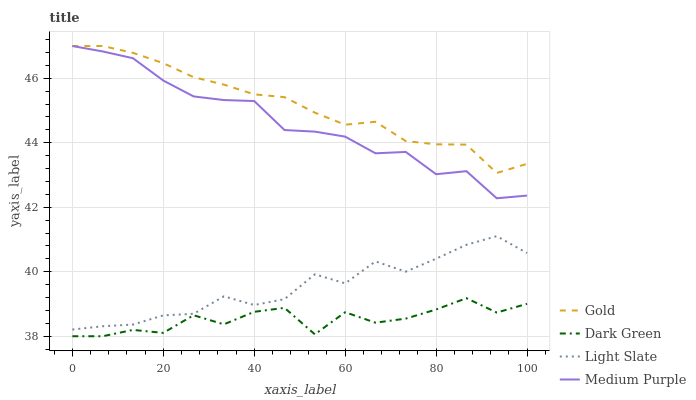
| xaxis_label | Gold | Dark Green | Light Slate | Medium Purple |
 | --- | --- | --- | --- | --- |
 | 0 | 47 | 38 | 38.2 | 47 |
 | 6.67 | 47 | 38 | 38.3 | 46.8 |
 | 13.3 | 46.8 | 38.2 | 38.4 | 46.6 |
 | 20 | 46.5 | 38.1 | 38.6 | 45.9 |
 | 26.7 | 46 | 38.7 | 38.7 | 45.4 |
 | 33.3 | 45.8 | 38.4 | 39.2 | 45.3 |
 | 40 | 45.5 | 38.8 | 39 | 45.3 |
 | 46.7 | 45.4 | 38.9 | 39.2 | 44.4 |
 | 53.3 | 44.9 | 38.1 | 39.9 | 44.3 |
 | 60 | 44.6 | 38.7 | 39.6 | 44.2 |
 | 66.7 | 44.7 | 38.4 | 40.3 | 43.7 |
 | 73.3 | 44.1 | 38.5 | 40 | 43.7 |
 | 80 | 44 | 38.8 | 40.4 | 43 |
 | 86.7 | 43.9 | 39.2 | 40.8 | 43.1 |
 | 93.3 | 43.1 | 38.7 | 41.1 | 42.3 |
 | 100 | 43.3 | 39 | 40.6 | 42.4 |